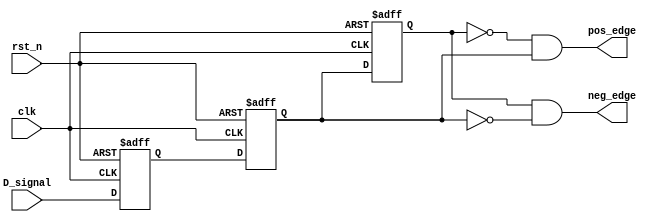
module edge_check_NR (
    input clk,    // Clock
    input rst_n,  // Asynchronous reset active low
    input D_signal,
    output  pos_edge, //
    output  neg_edge //
);

    parameter  N=2;
    reg [N-1:0]D_signal0;
    reg [N-1:0]D_signal1;
    // reg [N-1:0]D_signal1;

    always@(posedge clk or negedge rst_n)
    begin
        if(!rst_n)
            begin
                D_signal0[0] <= 0;
                D_signal1[0] <= 0;
            end
        else 
            begin 
                D_signal0[0] <= D_signal;
                D_signal1[0] <= D_signal0[0];
            end
    end



    always@(posedge clk or negedge rst_n)
    begin
        if(!rst_n)
            begin
                D_signal0[1] <= 0;
                D_signal1[1] <= 0;
            end
        else 
            begin 
                D_signal0[1] <= D_signal1[0];
                D_signal1[1] <= D_signal0[1];
            end
    end


assign pos_edge = ~D_signal0[1] & D_signal1[0]; //
assign neg_edge= D_signal0[1] & ~D_signal1[0]; //


endmodule